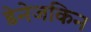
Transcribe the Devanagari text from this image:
डेनेजकिन